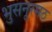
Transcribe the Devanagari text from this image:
भुसनूरमठ